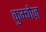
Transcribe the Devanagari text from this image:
कुम्बोज़